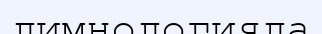
лимнологияда